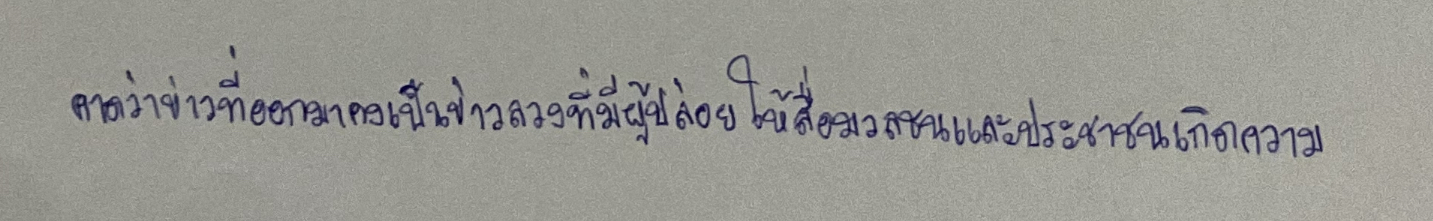
คาดว่าข่าวที่ออกมาคงเป็นข่าวลวงที่มีผู้ปล่อยให้สื่อมวลชนและประชาชนเกิดความ